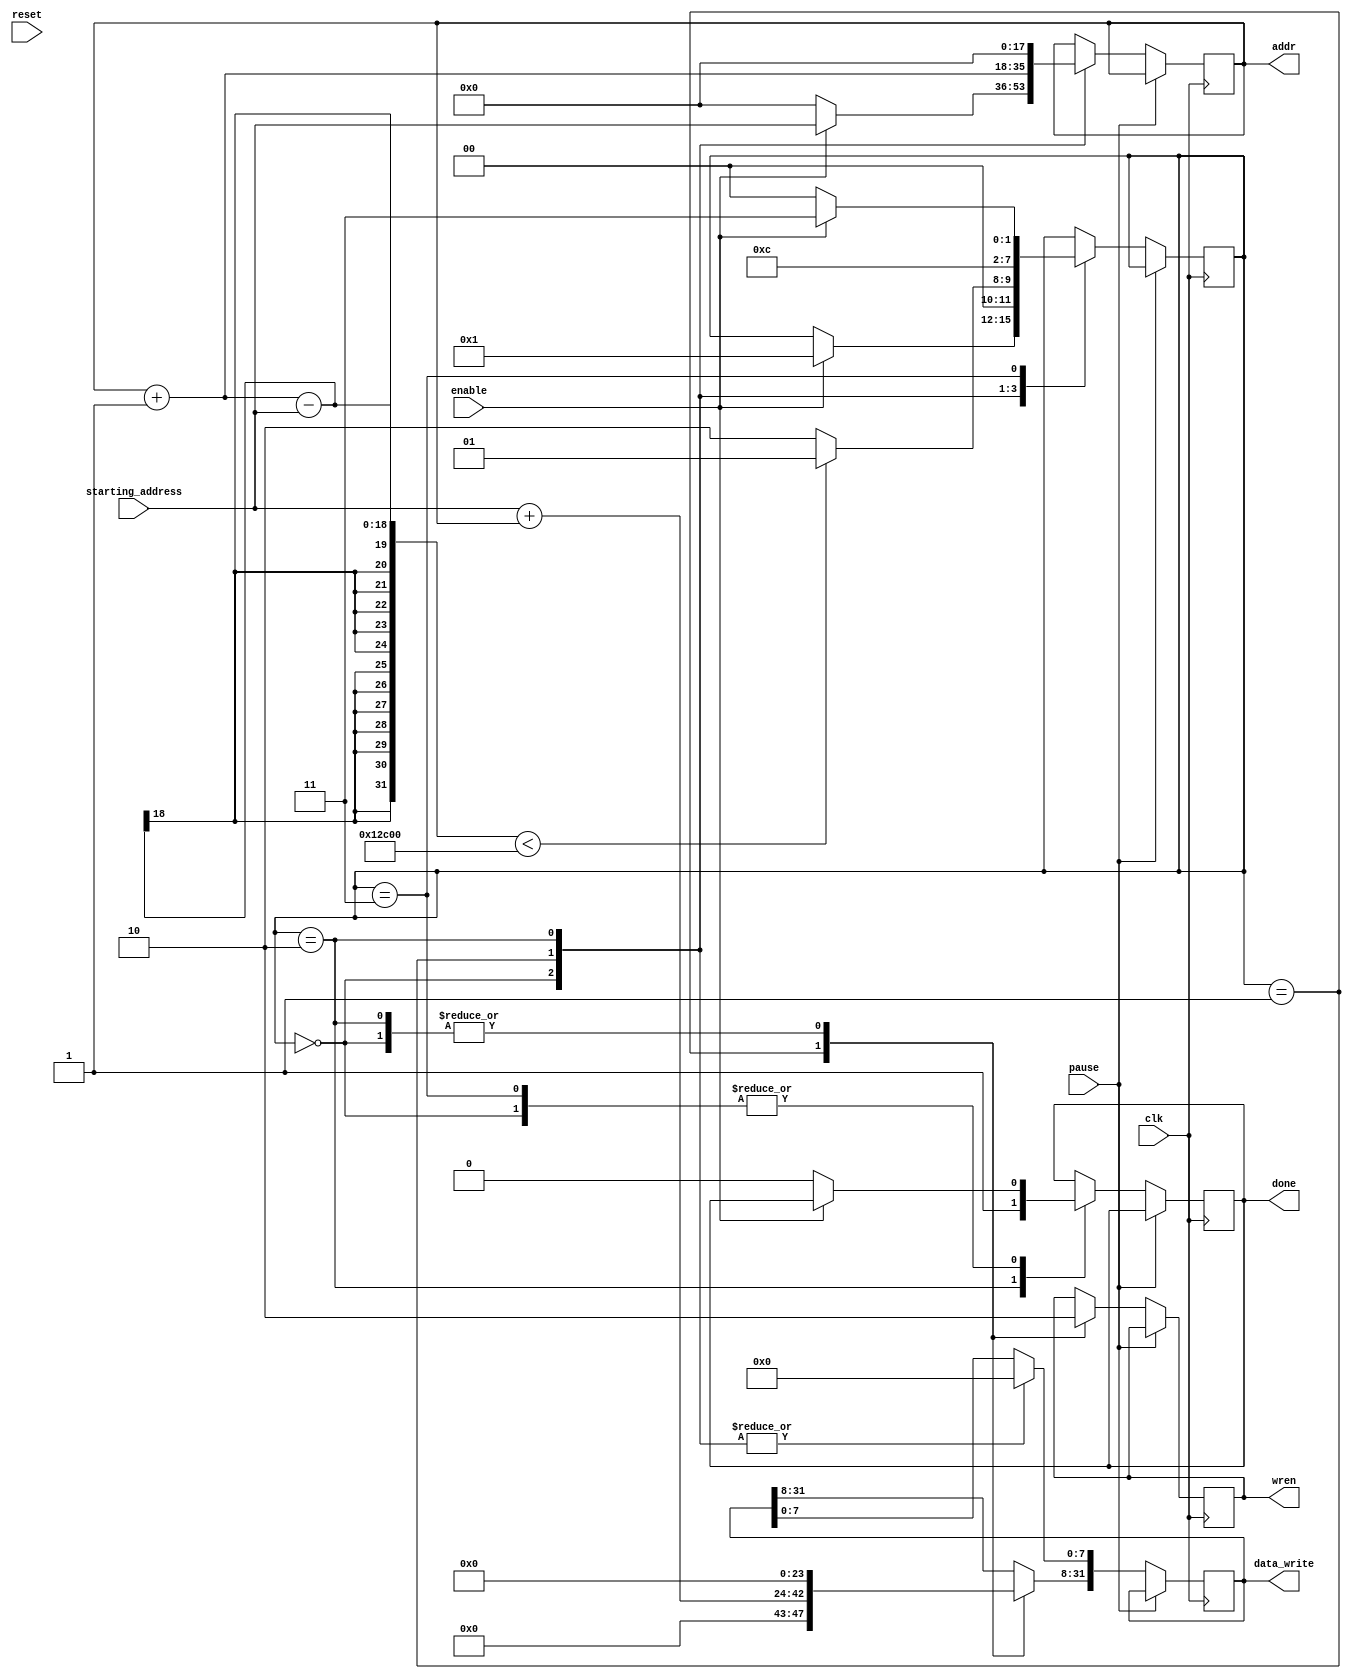
module gradient_color_pattern (
	input wire clk,
	input wire pause,
	input wire reset,
	input wire enable,
	input wire [17:0] starting_address,	//set to 0s

	output reg [31:0] data_write,
	output reg [17:0] addr,
	output reg wren,
	output reg done
	);

	localparam PIXEL_COUNT = 320*240;
	localparam 	INITIAL_STATE = 0,
			WRITE = 1,
			DONE = 2,
			CLEANUP = 3;
	
	reg [3:0] state = 0;
	
	always @ (posedge clk) begin
		if (pause == 0) begin
			case (state)
				INITIAL_STATE: begin
					if (enable) begin
						data_write = 32'h0;
						addr = starting_address;
						wren = 0;
						state = WRITE;
					end else begin
						wren = 0;
						addr = 18'h0;
						data_write = 32'h0;
						done = 0;
					end
				end
				WRITE: begin
					data_write[31:8] = starting_address + addr;
					data_write[7:0] = 0;
					//data_write = 32'haabbccdd;
					wren = 1;
					addr = addr + 1;
					if ((addr - starting_address) < PIXEL_COUNT)
						state = WRITE;
					else
						state = DONE;
				end
				DONE: begin
					data_write = 32'h0;
					addr = 18'h0;
					wren = 0;
					done = 1;
					state = CLEANUP;
				end
				CLEANUP: begin
					if (enable) begin
						state = CLEANUP;
					end
					else begin
						done = 0;
						state = INITIAL_STATE;
					end
				end
			endcase
		end
	end
endmodule